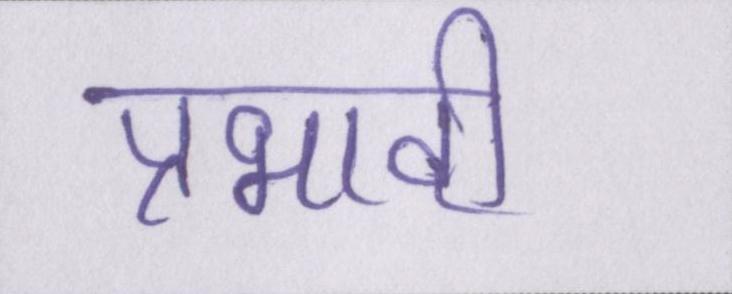
प्रभावी